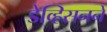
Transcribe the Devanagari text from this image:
डेव्हिसनने